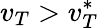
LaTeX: v_{T}>v_{T}^{*}